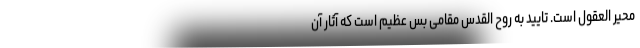
محیّر العقول است. تایید به روح القدس مقامی بس عظیم است که آثار آن